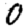
Digit: 0